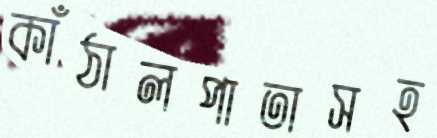
কাঁঠালপাতাসহ